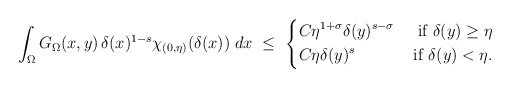
\begin{align*}\int_\Omega G_\Omega(x,y)\,\delta(x)^{1-s}\chi_{(0,\eta)}(\delta(x))\;dx\ \leq\ \left\lbrace\begin{aligned}& C\eta^{1+\sigma}\delta(y)^{s-\sigma} & \hbox{ if }\delta(y)\geq\eta \\& C\eta\delta(y)^s & \hbox{ if }\delta(y)<\eta.\end{aligned}\right.\end{align*}